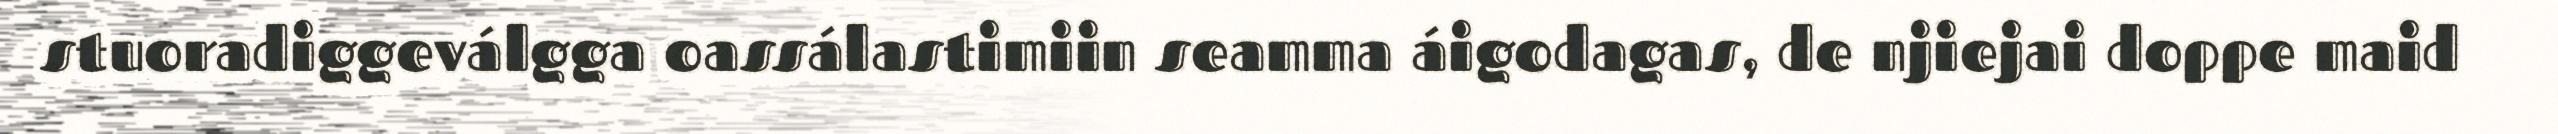
stuoradiggeválgga oassálastimiin seamma áigodagas, de njiejai doppe maid